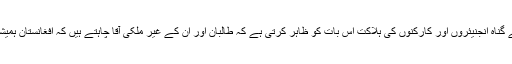
صدارتی بیان میں کہا گیا ہے کہ، ’بے گناہ انجنیئروں اور کارکنوں کی ہلاکت اس بات کو ظاہر کرتی ہے کہ طالبان اور اُن کے غیر ملکی آقا چاہتے ہیں کہ افغانستان ہمیشہ ہی مفلس اور غیر ترقی یافتہ رہے‘۔